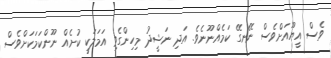
ވެސް އީޔޫއަށްވެސް ނޭނގޭ ކަމެއްނޫނެވެ. އަދި ނަޝީދު މިހިންގެވި އަމަލަކީ ކުށެއް ނޫންކަމަކަށްވެސް